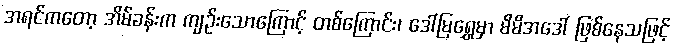
အရင်ကတော့ အိမ်ခန်းက ကျဉ်းသောကြောင့် တစ်ကြောင်း၊ ဒေါ်မြရွှေမှာ မိမိအဒေါ် ဖြစ်နေသဖြင့်